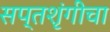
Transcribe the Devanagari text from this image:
सप्तशृंगीचा